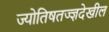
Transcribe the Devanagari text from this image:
ज्योतिषतज्ज्ञदेखील